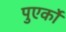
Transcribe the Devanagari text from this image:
पुएर्को